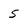
Character: 5